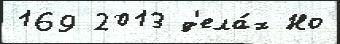
169 2013 д'ела́х Но